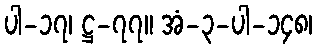
ပါ-၁၇၊ ဋ္ဌ-၇၇။ အံ-၃-ပါ-၁၄၈၊